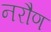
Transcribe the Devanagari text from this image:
नरौण